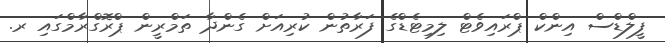
ފީލްޑްސް އިންކް ޕްރައިވެޓް ލިމިޓެޑްގެ ފަރާތުން ކުރިއަށް ގެންދާ ތަމްރީން ޕްރޮގްރާމްގައި ރ.